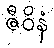
ဇီဝိနံ